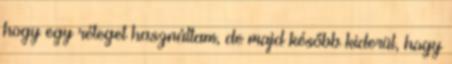
hogy egy réteget használtam, de majd később kiderül, hogy